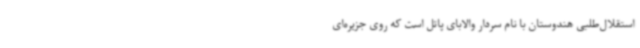
استقلال‌طلبی هندوستان با نام سردار والابای پاتل است که روی جزیره‌ای